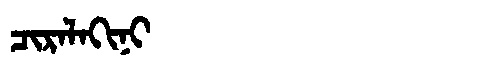
Manchu: ᠴᡳᡵᠠᠯᠠᡴᡳᠨᡳ
Romanization: CIRALAKINI